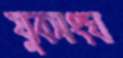
যুবসংঘ